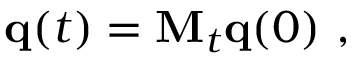
{ \bf { q } } ( t ) = { \bf M } _ { t } { \bf { q } } ( 0 ) \mathrm { ~ , ~ }